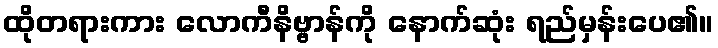
ထိုတရားကား လောကီနိဗ္ဗာန်ကို နောက်ဆုံး ရည်မှန်းပေ၏။